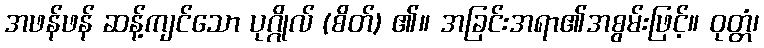
အဖန်ဖန် ဆန့်ကျင်သော ပုဂ္ဂိုလ် (စိတ်) ၏။ အခြင်းအရာ၏အစွမ်းဖြင့်။ ဝုတ္တံ၊